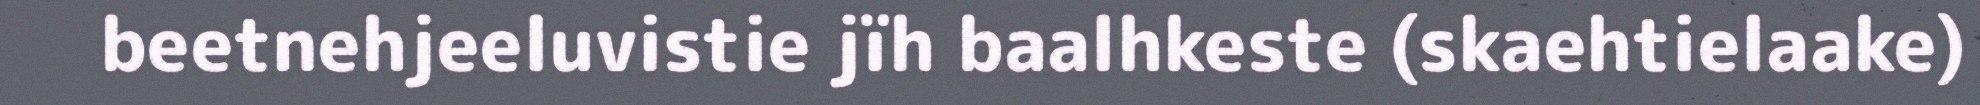
beetnehjeeluvistie jïh baalhkeste (skaehtielaake)